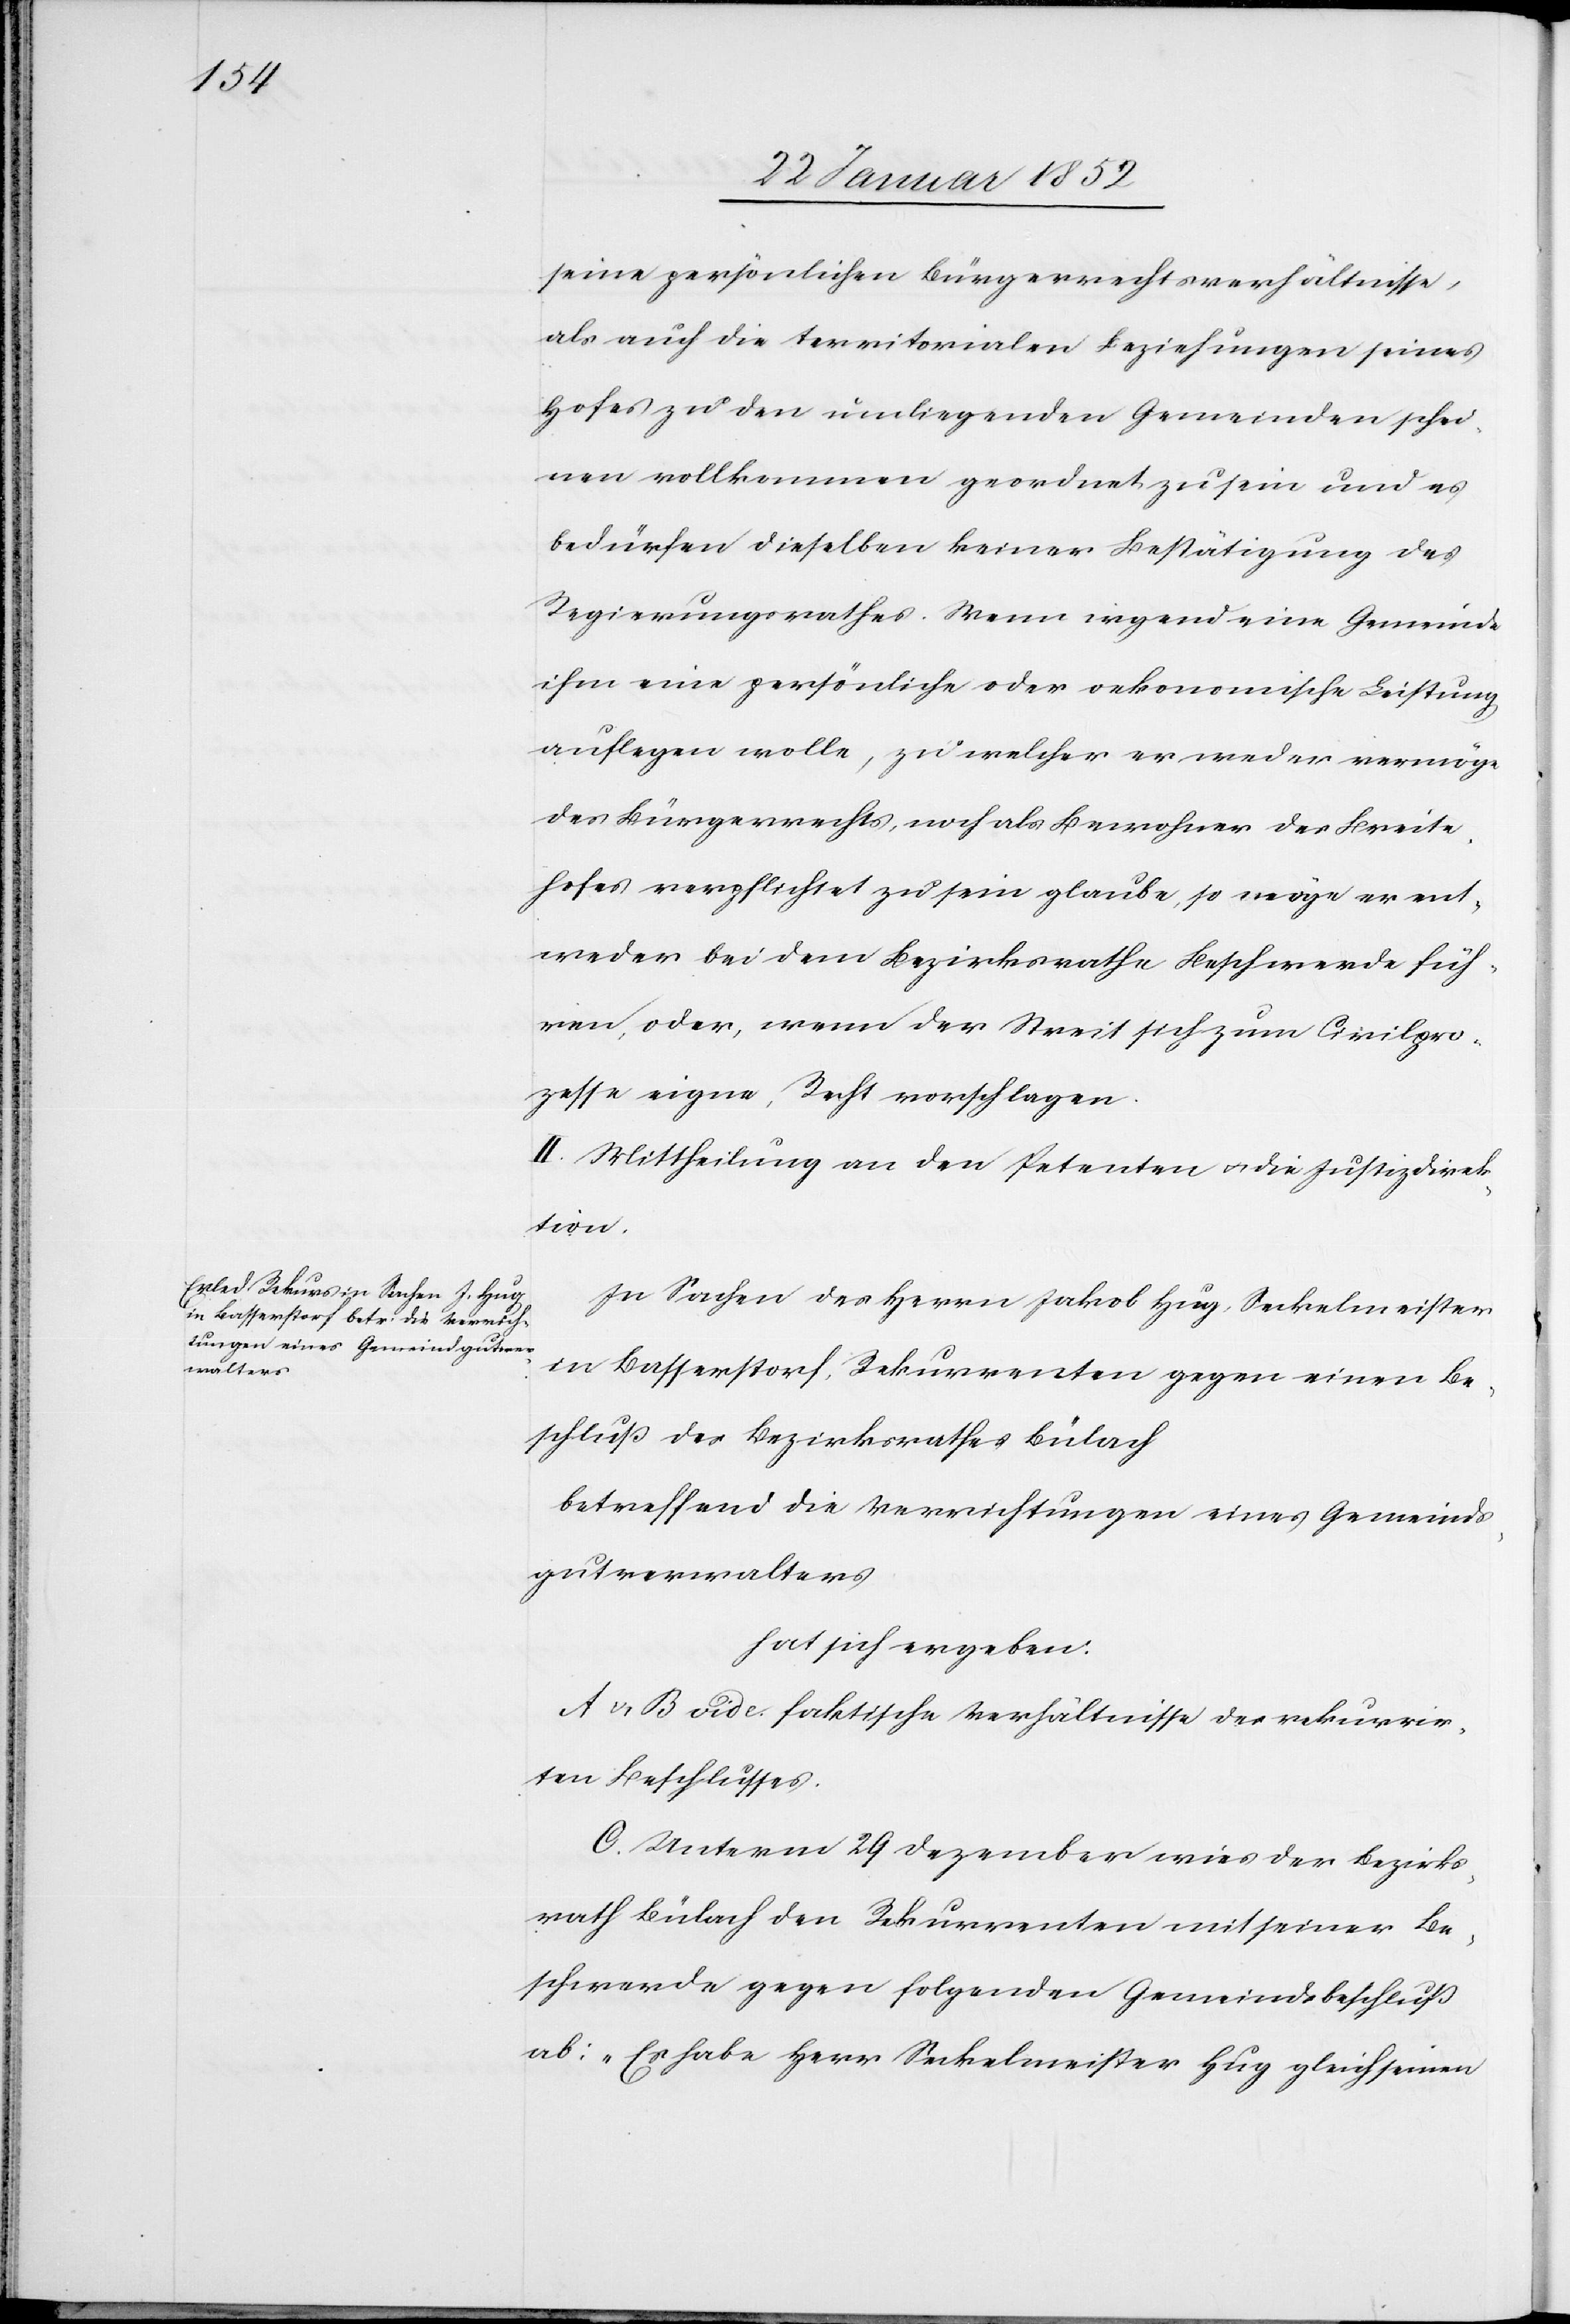
seine persönlichen Bürgerrechtsverhältnisse,
als auch die territorialen Beziehungen seines
Hofes in den umliegenden Gemeinden schi¬
enen vollkommen geordnet zu sein und es
bedürfen dieselben keiner Bestätigung des
Regierungsrathes. Wenn irgend eine Gemeinde
ihm eine persönliche oder oekonomische Leistung
auflegen wolle, zu welcher er weder vermöge
des Bürgerrechts, noch als Bewohner des Breite¬
hofes verpflichtet zu sein glaube, so möge er ent¬
weder bei dem Bezirksrathe Beschwerde füh¬
ren, oder, wenn der Streit sich zum Civilpro¬
zesse eigne, Recht vorschlagen.
II. Mittheilung an den Petenten u. die Justizdirek¬
tion.
In Sachen der Herrn Jakob Hug, Seckelmeister
in Basserstorf, Rekurrenten gegen einen Be¬
schluß des Bezirksrathes Bülach
betreffend die Verrichtungen eines Gemeinds¬
gutverwalters
hat sich ergeben.
A u. B vide faktische Verhältnisse des rekurrir¬
ten Beschlusses.
C. Unterm 29 Dezember wies der Bezirks¬
rath Bülach den Rekurrenten mit seiner Be¬
schwerde gegen folgenden Gemeindsbeschluß
ab: „Es habe Herr Seckelmeister Hug gleich seinen